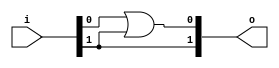
module bsg_scan_2_1_0
(
  i,
  o
);

  input [1:0] i;
  output [1:0] o;
  wire [1:0] o;
  assign o[1] = i[1] | 1'b0;
  assign o[0] = i[0] | i[1];

endmodule